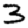
Digit: 3